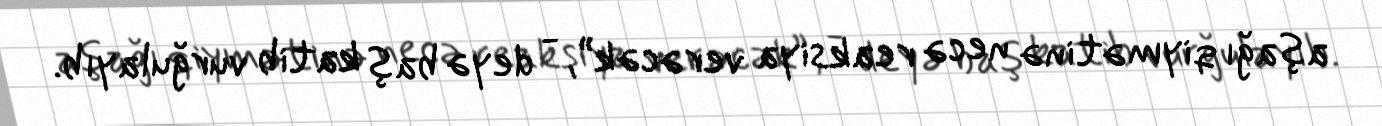
aşağı qiymətinə necə reaksiya verəcək”, - deyə baş katib vurğulayıb.